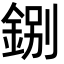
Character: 𨧢